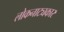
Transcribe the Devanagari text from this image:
लोकनाट्यकार